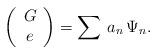
LaTeX: \begin{align*}\left(\begin{array}{c} G\\e \end{array}\right)=\sum\,a_n\,\Psi_n.\end{align*}